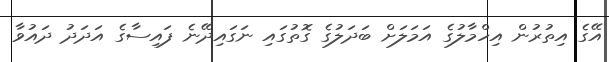
އޭގެ އިތުރުން އިހްމާލުގެ އަމަލަށް ބަދަލުގެ ގޮތުގައި ނަގައިދޭނެ ފައިސާގެ އަދަދު ދައުވާ